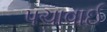
પચાવાઈ